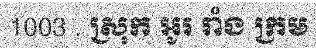
1003 . ស្រុក អូរ រាំង ក្រម